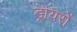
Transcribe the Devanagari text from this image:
ड्रायरों